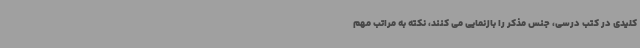
کلیدی در کتب درسی، جنس مذکر را بازنمایی می کنند، نکته به مراتب مهم